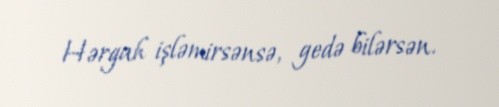
Hərgah işləmirsənsə, gedə bilərsən.